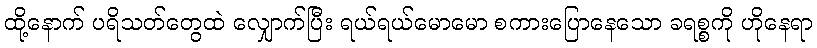
ထို့နောက် ပရိသတ်တွေထဲ လျှောက်ပြီး ရယ်ရယ်မောမော စကားပြောနေသော ခရစ္စကို ဟိုနေရာ